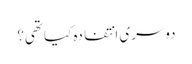
دوسری انتفادہ کیا تھی؟